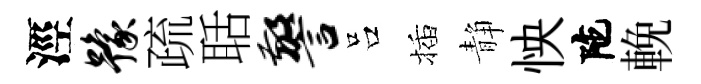
涇豫疏聒警吕插静怏陀輓